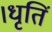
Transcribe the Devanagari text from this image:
।धृतिं